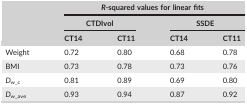
<table><thead><tr><td></td><td colspan="4"><b><i>R</i>‐squared values for linear fits</b></td></tr><tr><td></td><td colspan="2"><b>CTDIvol</b></td><td colspan="2"><b>SSDE</b></td></tr><tr><td></td><td><b>CT14</b></td><td><b>CT11</b></td><td><b>CT14</b></td><td><b>CT11</b></td></tr></thead><tbody><tr><td>Weight</td><td>0.72</td><td>0.80</td><td>0.68</td><td>0.78</td></tr><tr><td>BMI</td><td>0.73</td><td>0.78</td><td>0.73</td><td>0.76</td></tr><tr><td><i>D</i><sub>w_c</sub></td><td>0.81</td><td>0.89</td><td>0.69</td><td>0.80</td></tr><tr><td><i>D</i><sub>w_ave</sub></td><td>0.93</td><td>0.94</td><td>0.87</td><td>0.92</td></tr></tbody></table>